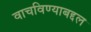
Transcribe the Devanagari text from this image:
वाचविण्याबद्दल